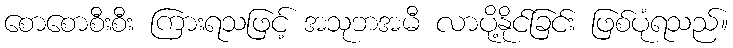
စောစောစီးစီး ကြားရသဖြင့် အသုဘအမီ လာပို့နိုင်ခြင်း ဖြစ်ပုံရသည်။